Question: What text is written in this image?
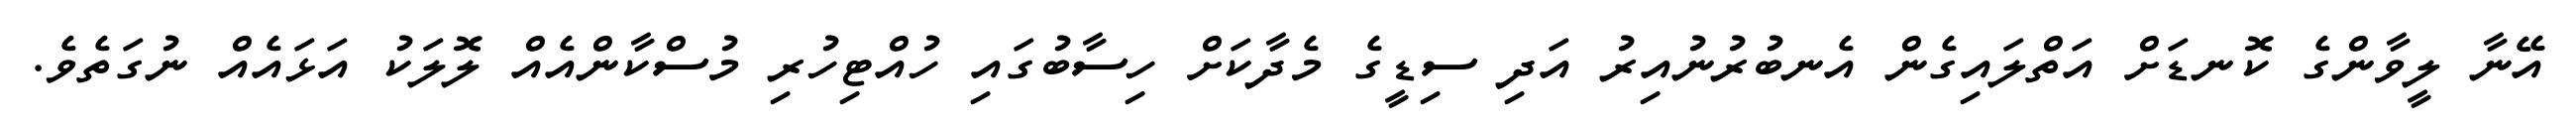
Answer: އޭނާ ލީވާންގެ ކޮނޑަށް އަތްލައިގެން އެނބުރުނުއިރު އަދި ސިޑީގެ މެދާކަށް ހިސާބުގައި ހުއްޓިހުރި މުސްކާންއެއް ލޮލަކު އަޅައެއް ނުގަތެވެ.